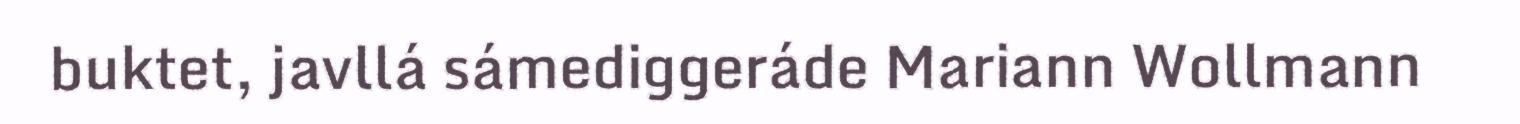
buktet, javllá sámediggeráde Mariann Wollmann